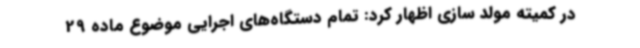
در کمیته مولد سازی اظهار کرد: تمام دستگاه‌های اجرایی موضوع ماده 29